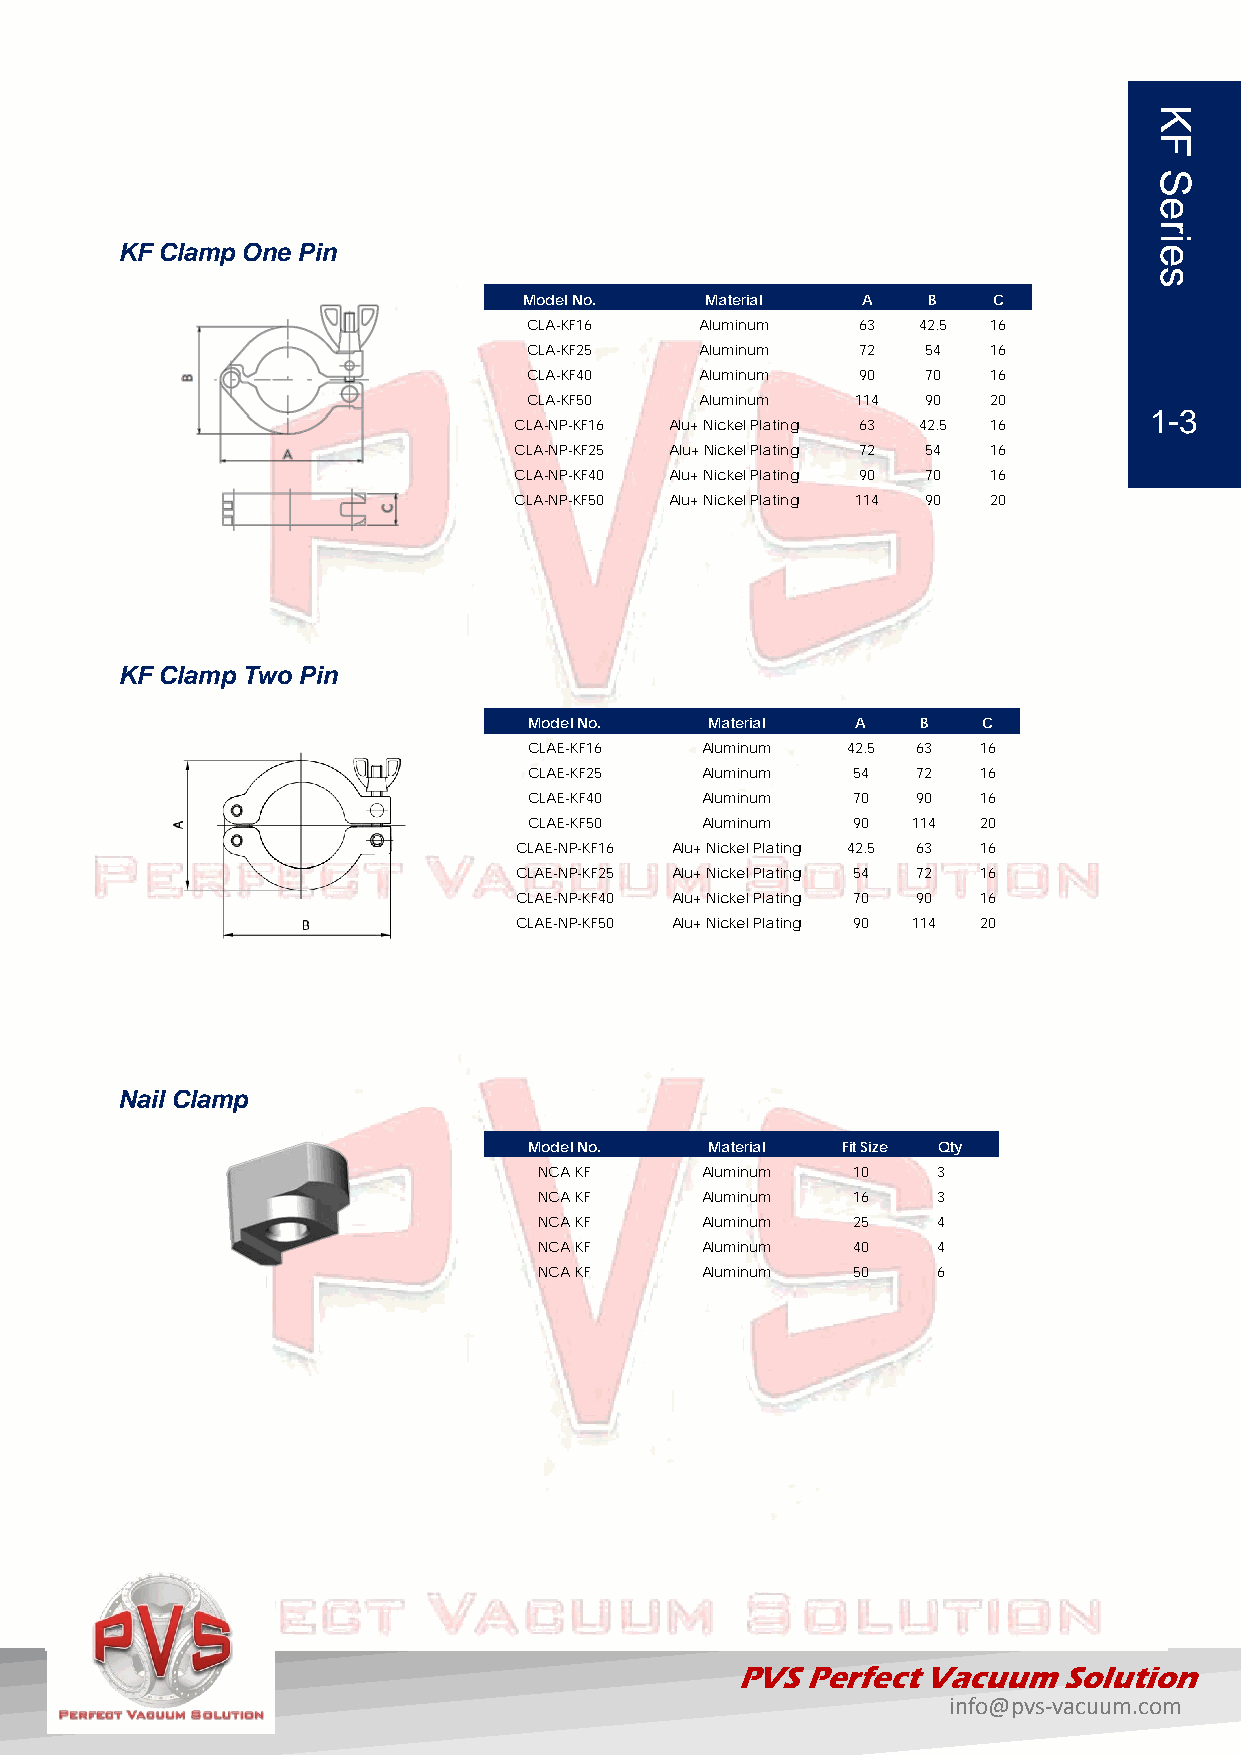
KF Clamp One Pin
 Model No.   Material  A   B    C
 CLA-KF16   Aluminum   63  42.5 16
 CLA-KF25   Aluminum   72  54   16
 CLA-KF40   Aluminum   90  70   16
 CLA-KF50   Aluminum   114 90   20
 1-3
 CLA-NP-KF16 Alu+ Nickel Plating 63 42.5 16
 CLA-NP-KF25 Alu+ Nickel Plating 72 54 16
 CLA-NP-KF40 Alu+ Nickel Plating 90 70 16
 CLA-NP-KF50 Alu+ Nickel Plating 114 90 20
 KF Clamp Two Pin
 Model No.   Material  A   B   C
 CLAE-KF16  Aluminum  42.5 63  16
 CLAE-KF25  Aluminum  54   72  16
 CLAE-KF40  Aluminum  70   90  16
 CLAE-KF50  Aluminum  90  114  20
 CLAE-NP-KF16 Alu+ Nickel Plating 42.5 63 16
 CLAE-NP-KF25 Alu+ Nickel Plating 54 72 16
 CLAE-NP-KF40 Alu+ Nickel Plating 70 90 16
 CLAE-NP-KF50 Alu+ Nickel Plating 90 114 20
 Nail Clamp
 Model No.   Material Fit Size Qty
 NCA KF    Aluminum  10    3
 NCA KF    Aluminum  16    3
 NCA KF    Aluminum  25    4
 NCA KF    Aluminum  40    4
 NCA KF    Aluminum  50    6
 PVS Perfect Vacuum   Solution
 info@pvs-vacuum.com
 KF
 Series